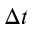
\Delta t